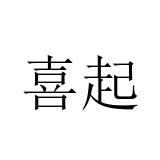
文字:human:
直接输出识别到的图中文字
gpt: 喜起